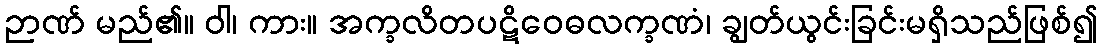
ဉာဏ် မည်၏။ ဝါ၊ ကား။ အက္ခလိတပဋိဝေဓလက္ခဏံ၊ ချွတ်ယွင်းခြင်းမရှိသည်ဖြစ်၍